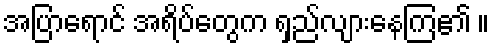
အပြာရောင် အရ်ိပ်တွေက ရှည်လျားနေကြ၏ ။